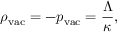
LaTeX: \rho _ { \mathrm { v a c } } = - p _ { \mathrm { v a c } } = { \frac { \Lambda } { \kappa } } ,